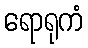
ရောရုကံ